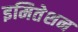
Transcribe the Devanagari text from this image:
इमितेशन